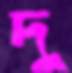
দু